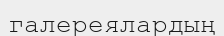
галереялардың